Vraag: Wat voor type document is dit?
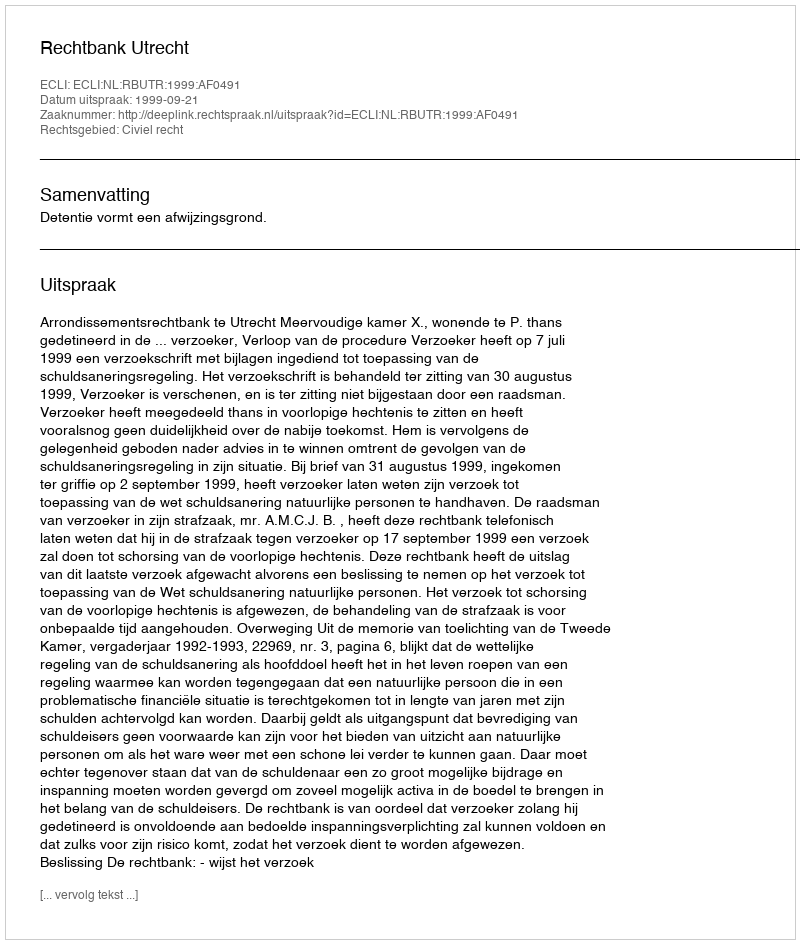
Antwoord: Uitspraak